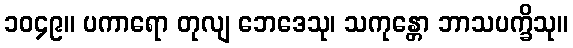
၁၀၄၉။ ပကာရော တုလျ ဘေဒေသု၊ သကုန္တော ဘာသပက္ခိသု။